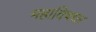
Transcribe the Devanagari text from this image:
महाविषधर